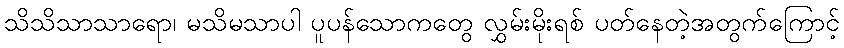
သိသိသာသာရော၊ မသိမသာပါ ပူပန်သောကတွေ လွှမ်းမိုးရစ် ပတ်နေတဲ့အတွက်ကြောင့်